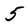
Character: 5